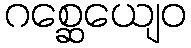
ဂစ္ဆေယျေဝ